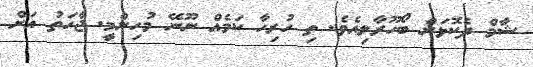
ޝާމް ދެކޮޅަށް ބޯހޫރާލިއެވެ. ތި ހުރިހާ ކަމެއް ނޫނޭ މުހިންމީ. ޖާހަތު އަށް